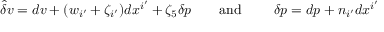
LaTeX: \hat { \delta } v = d v + ( w _ { i ^ { \prime } } + \zeta _ { i ^ { \prime } } ) d x ^ { i ^ { \prime } } + \zeta _ { 5 } \delta p \qquad \mathrm { a n d ~ } \qquad \delta p = d p + n _ { i ^ { \prime } } d x ^ { i ^ { \prime } }